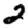
Digit: 2